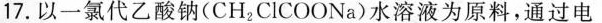
17.以一氯代乙酸钠(CH_{2}ClCOONa)水溶液为原料，通过电